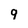
Character: 9